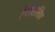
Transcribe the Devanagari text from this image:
ऐथाससिक